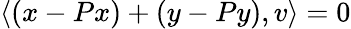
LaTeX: \langle\left(x-Px\right)+\left(y-Py\right),v\rangle=0